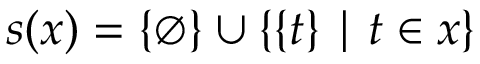
s ( x ) = \{ \emptyset \} \cup \{ \{ t \} \mid t \in x \}